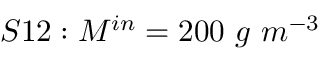
S 1 2 : M ^ { i n } = 2 0 0 \ g \ m ^ { - 3 }